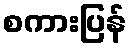
စကားပြန်